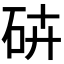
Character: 𥑾